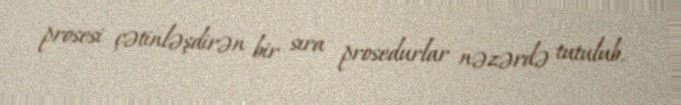
prosesi çətinləşdirən bir sıra prosedurlar nəzərdə tutulub.